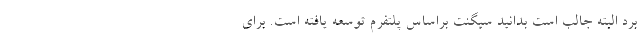
برد البته جالب است بدانید سیگنت براساس پلتفرم توسعه یافته است. برای